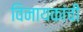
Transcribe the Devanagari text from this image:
विनायकांची